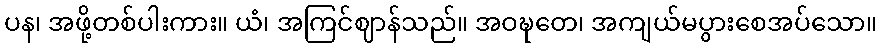
ပန၊ အဖို့တစ်ပါးကား။ ယံ၊ အကြင်ဈာန်သည်။ အဝဍ္ဎတေ၊ အကျယ်မပွားစေအပ်သော။